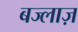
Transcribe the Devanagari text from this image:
बज्लाज़